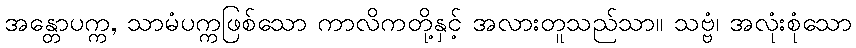
အန္တောပက္က, သာမံပက္ကဖြစ်သော ကာလိကတို့နှင့် အလားတူသည်သာ။ သဗ္ဗံ၊ အလုံးစုံသော